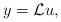
LaTeX: \begin{align*}y = \mathcal{L}u,\end{align*}